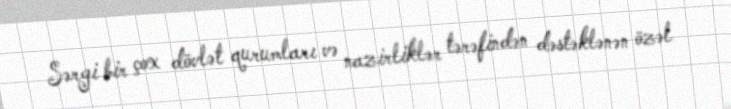
Sərgi bir çox dövlət qurumları və nazirliklər tərəfindən dəstəklənən özəl